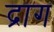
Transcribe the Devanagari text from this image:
द्राग